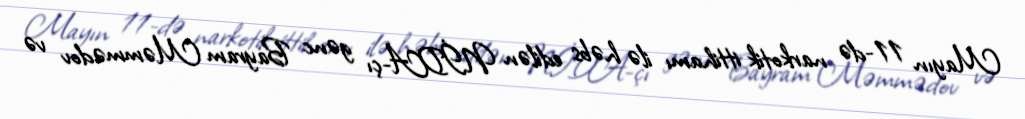
Mayın 11-də narkotik ittihamı ilə həbs edilən NİDA-çı gənc Bayram Məmmədov və